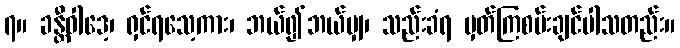
၇။ ခန္တီဝါဒေ့၊ ရှင်ရသေ့ကား၊ ဘယ်၍ဘယ်မျှ၊ သည်းခံရ မှတ်ကြစမ်းချင်ပါသတည်း။